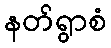
နတ်ရွာစံ